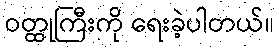
ဝတ္ထုကြီးကို ရေးခဲ့ပါတယ်။